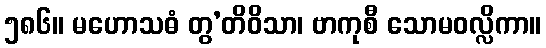
၅၈၆။ မဟောသဓံ တွ’တိဝိသာ၊ ဗာကုစီ သောမဝလ္လိကာ။